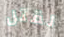
لقتل